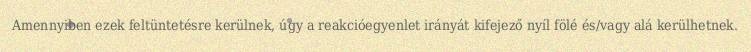
Amennyiben ezek feltüntetésre kerülnek, úgy a reakcióegyenlet irányát kifejező nyíl fölé és/vagy alá kerülhetnek.